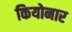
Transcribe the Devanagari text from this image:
कियोनार